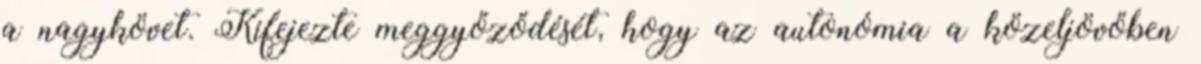
a nagykövet. Kifejezte meggyőződését, hogy az autonómia a közeljövőben